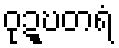
ဝုဍ္ဎတရံ